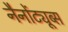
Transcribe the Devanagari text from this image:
नैनोंट्यूब्स